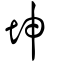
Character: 坤